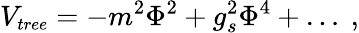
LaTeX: V_{\small{tree}}=-m^{2}\Phi^{2}+g_{s}^{2}\Phi^{4}+\dots~,